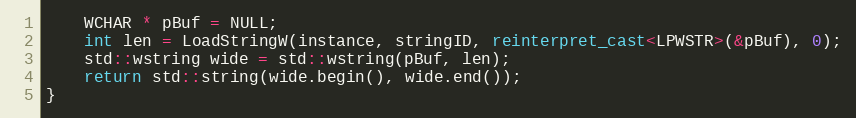
Language: C++
    WCHAR * pBuf = NULL;
    int len = LoadStringW(instance, stringID, reinterpret_cast<LPWSTR>(&pBuf), 0);
    std::wstring wide = std::wstring(pBuf, len);
    return std::string(wide.begin(), wide.end());
}